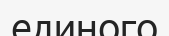
единого